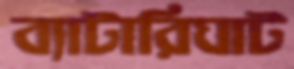
ব্যাটারিঘাট